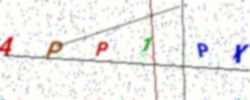
Text: 4PP1PX